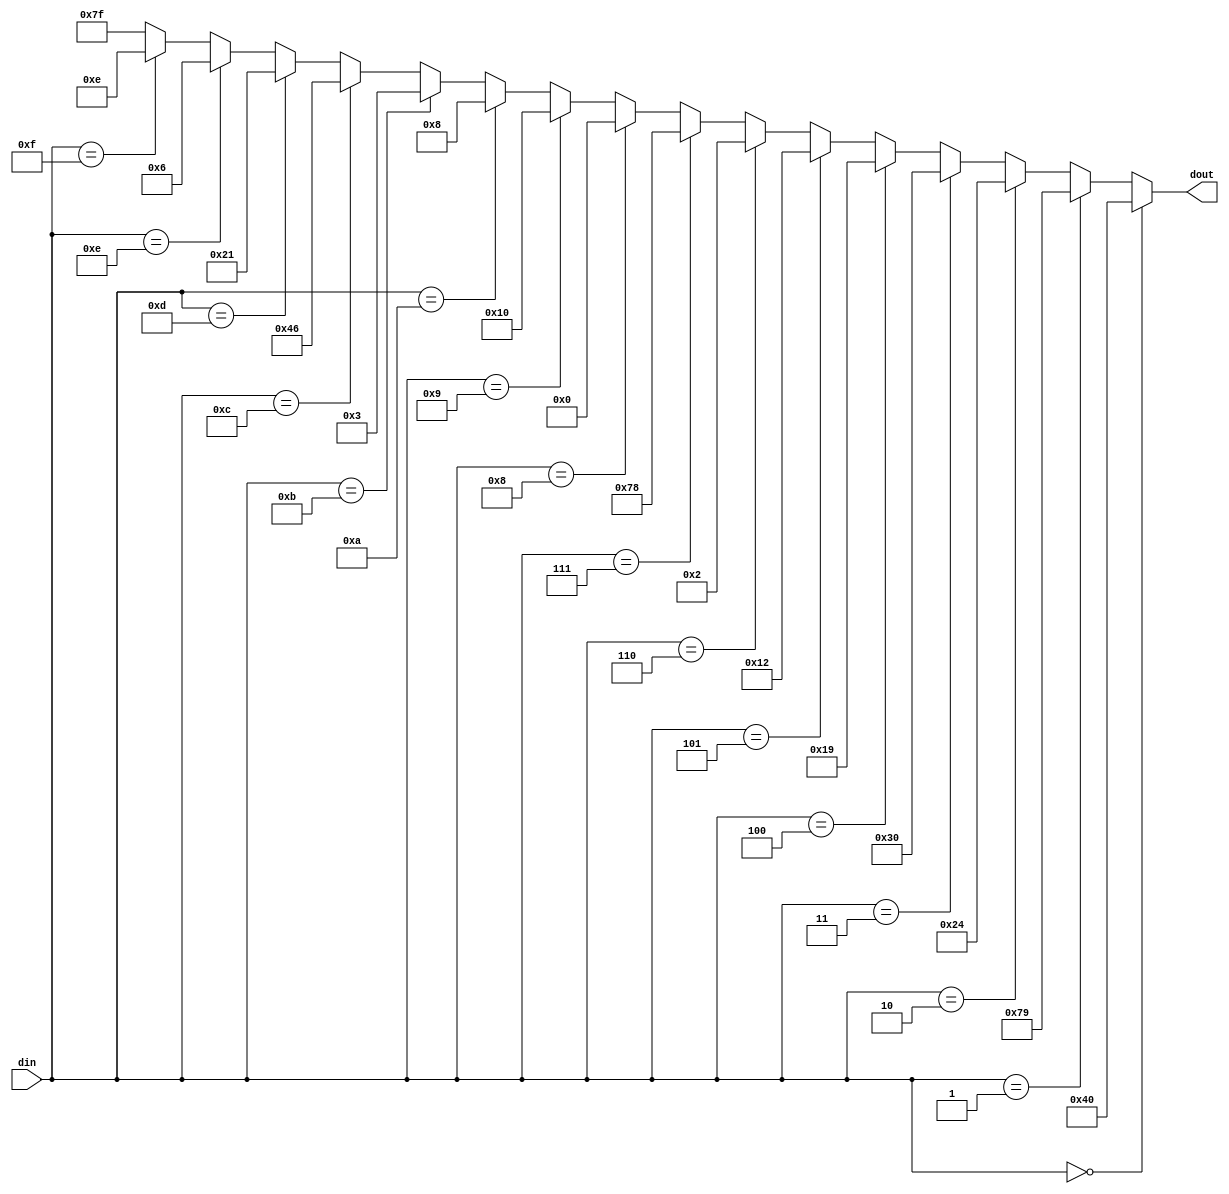
`timescale 1ns / 1ps
module BCD7(din, dout);
    input [3:0] din;
    output [6:0] dout;
    
    wire [6:0] dout;
    
    assign    dout=(din==4'h0)?7'b1000000:
                 (din==4'h1)?7'b1111001:
                 (din==4'h2)?7'b0100100:
                 (din==4'h3)?7'b0110000:
                 (din==4'h4)?7'b0011001:
                 (din==4'h5)?7'b0010010:
                 (din==4'h6)?7'b0000010:
                 (din==4'h7)?7'b1111000:
                 (din==4'h8)?7'b0000000:
                 (din==4'h9)?7'b0010000:
                 (din==4'ha)?7'b0001000:
                 (din==4'hb)?7'b0000011:
                 (din==4'hc)?7'b1000110:
                 (din==4'hd)?7'b0100001:
                 (din==4'he)?7'b0000110:
                 (din==4'hf)?7'b0001110:7'b1111111;

endmodule